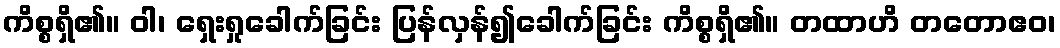
ကိစ္စရှိ၏။ ဝါ၊ ရှေးရှုခေါက်ခြင်း ပြန်လှန်၍ခေါက်ခြင်း ကိစ္စရှိ၏။ တထာဟိ တတောဧဝ၊